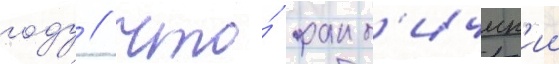
году / что́ факт'ическ'ии